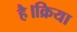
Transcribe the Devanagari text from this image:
है।क्रिया